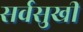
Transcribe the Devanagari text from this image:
सर्वसुखीं